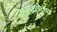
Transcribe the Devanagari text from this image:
नारायणैया